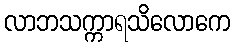
လာဘသက္ကာရသိလောကေ